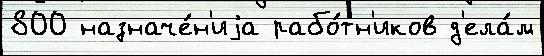
800 назначе́н'иjа рабо́тн'иков д'ела́м